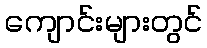
ကျောင်းများတွင်